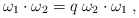
\begin{align*}\omega_1 \cdot \omega_2 = q\; \omega_2 \cdot \omega_1\; ,\end{align*}